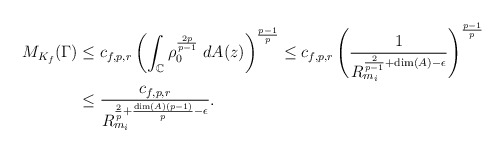
\begin{align*}M_{K_f}(\Gamma) & \leq c_{f,p,r} \left( \int_{\mathbb{C}} \rho_{0}^{\frac{2p}{p-1}} \; dA(z) \right)^{\frac{p-1}{p}} \leq c_{f,p,r} \left( \frac{1}{R_{m_i}^{\frac{2}{p-1}+\dim(A)-\epsilon}} \right)^{\frac{p-1}{p}} \\& \leq \frac{c_{f,p,r}}{R_{m_i}^{\frac{2}{p}+\frac{\dim(A) (p-1)}{p}-\epsilon}}.\end{align*}